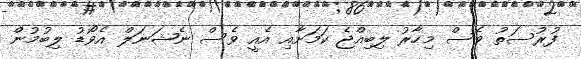
ފުރުސަތު ވެސް މިހާރު ލިބިއްޖެ ކަމަށާއި އެއީ ވެސް ނެޝަނަލް އެވޯޑު ލިބުމުން